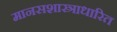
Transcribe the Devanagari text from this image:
मानसशास्त्राधारित